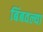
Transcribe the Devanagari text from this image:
बिंबवल्या